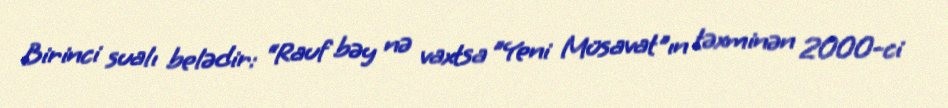
Birinci sualı belədir: “Rauf bəy nə vaxtsa ”Yeni Müsavat"ın təxminən 2000-ci